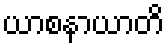
ယာစနာယာတိ